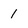
Character: 1